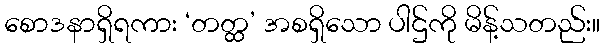
စောဒနာရှိရကား ‘တတ္ထ’ အစရှိသော ပါဌ်ကို မိန့်သတည်း။